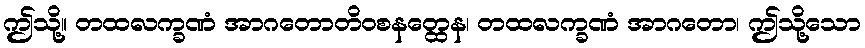
ဤသို့။ တထလက္ခဏံ အာဂတောတိဝစနတ္ထေန၊ တထလက္ခဏံ အာဂတော၊ ဤသို့သော